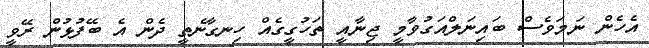
އެހެން ނަމަވެސް ބައިނަލްއަގުވާމީ ޖިނާއީ ތަހުގީގެއް ހިނގާނެތީ ދެން އެ ބޭފުޅުން ރޭވީ